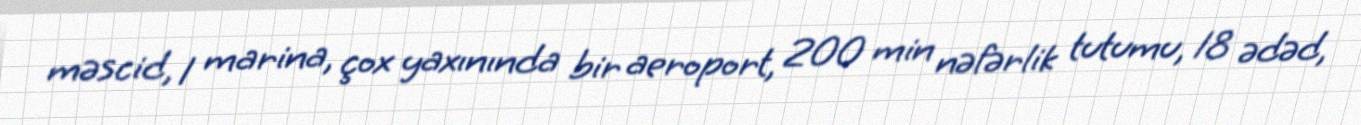
məscid, 1 marina, çox yaxınında bir aeroport, 200 min nəfərlik tutumu, 18 ədəd,